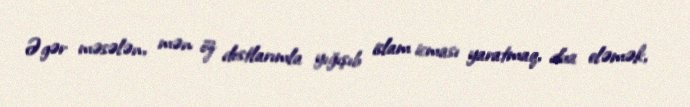
Əgər məsələn, mən öz dostlarımla yığışıb islam icması yaratmaq, dua eləmək,